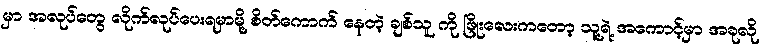
မှာ အလုပ်တွေ လိုက်လုပ်ပေးရမှာမို့ စိတ်ကောက် နေတဲ့ ချစ်သူ ကို ဖြိုးလေးကတော့ သူ့ရဲ့ အကောင့်မှာ အခုလို